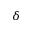
\delta